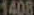
1408